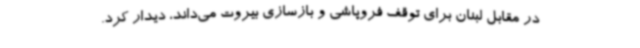
در مقابل لبنان برای توقف فروپاشی و بازسازی بیروت می‌داند، دیدار کرد.